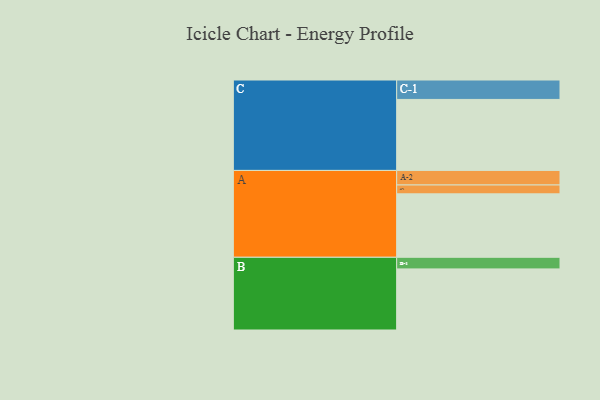
{"axis": {"x": "Segment", "y": "Value"}, "legend": ["", "A", "B", "C"], "data": [{"x": "A", "y": 480, "type": ""}, {"x": "B", "y": 462, "type": ""}, {"x": "C", "y": 537, "type": ""}, {"x": "A-1", "y": 67, "type": "A"}, {"x": "A-2", "y": 110, "type": "A"}, {"x": "B-1", "y": 88, "type": "B"}, {"x": "C-1", "y": 147, "type": "C"}]}